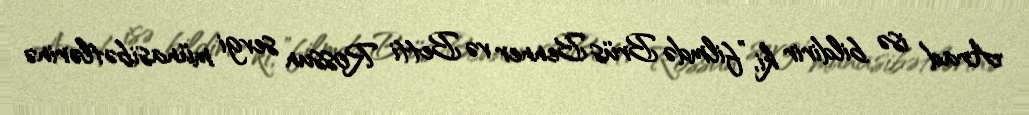
Arad isə bildirir ki, "filmdə Brüs Benner və Betti Rossun sevgi münasibətlərinə